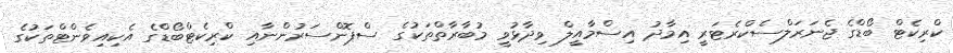
ކްރިކެޓް ބޯޑްގެ ޖެނަރަލްސެކްރެޓަރީ އިމާދު އިސްމާއީލް ވިދާޅުވީ މުބާރާތްތަކުގެ ސްޕޮންސަރުންނާއި ކްރިކެޓްބޯޑްގެ އެކިއިވެންޓްތަކުގެ